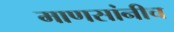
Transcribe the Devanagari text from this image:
माणसांनीच